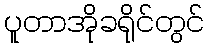
ပူတာအိုခရိုင်တွင်